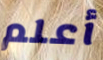
أعلم